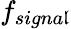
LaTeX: f_{signa\mathfrak{l}}